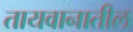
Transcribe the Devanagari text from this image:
तायवानातील